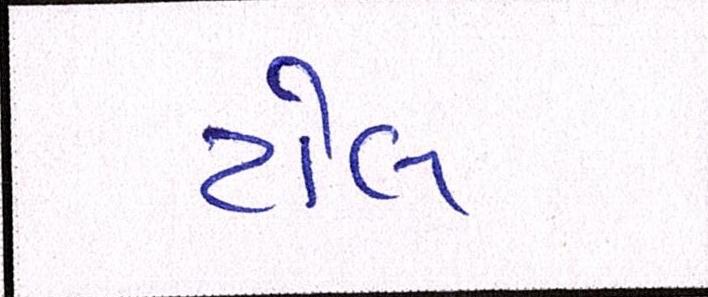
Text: ટોલ